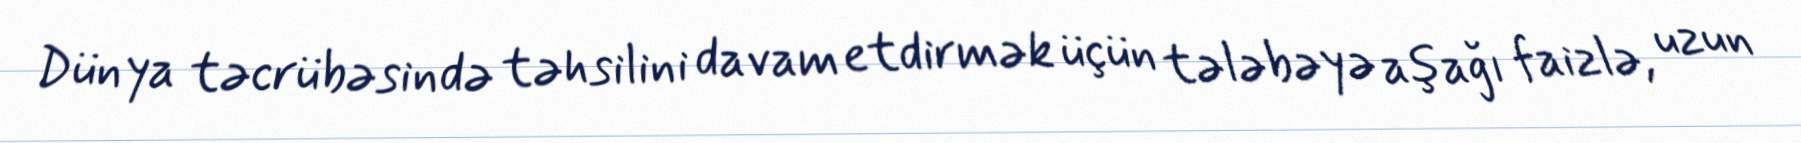
Dünya təcrübəsində təhsilini davam etdirmək üçün tələbəyə aşağı faizlə, uzun